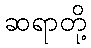
ဆရာတို့